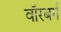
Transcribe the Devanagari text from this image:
वॉरबर्ग